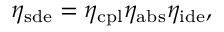
\eta _ { \mathrm { s d e } } = \eta _ { \mathrm { c p l } } \eta _ { \mathrm { a b s } } \eta _ { \mathrm { i d e } } ,